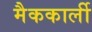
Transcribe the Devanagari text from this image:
मैककार्ली